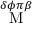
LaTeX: \stackrel { \delta \phi \pi \beta } { \mathrm { M } }